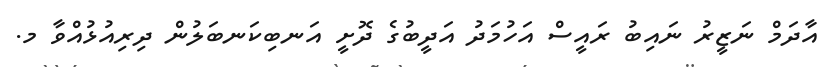
އާދަމް ނަޒީރު ނައިބު ރައީސް އަހުމަދު އަދީބުގެ ދޮށީ އަނބިކަނބަލުން ދިރިއުޅުއްވާ މ.